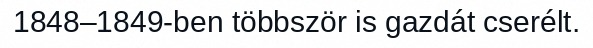
1848–1849-ben többször is gazdát cserélt.